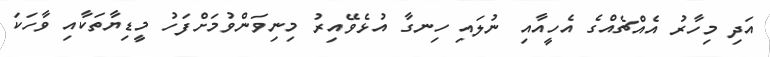
އަދި މިހާރު އެއްޗެއްގެ އެހީއާއި ނުލައި ހިނގާ އުޅެވޭއިރު މިނިވަންވުމަށްފަހު މީޑިޔާތަކާއި ވާހަކަ